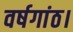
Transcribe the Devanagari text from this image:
वर्षगांठ।